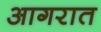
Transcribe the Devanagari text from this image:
आगरात